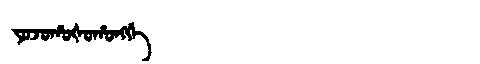
Manchu: ᠶᠣᠵᠣᡥᠣᡧᠣᡥᠣᠩᡤᡝ
Romanization: YOJOHOŠOHONGGE